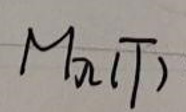
$M n ( T )$